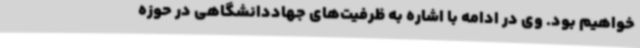
خواهیم بود. وی در ادامه با اشاره به ظرفیت‌های جهاددانشگاهی در حوزه